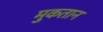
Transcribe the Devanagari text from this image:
मुकतान